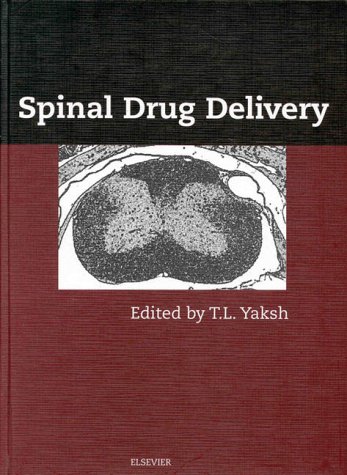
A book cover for Spinal Drug Delivery, 1e; Medical Books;